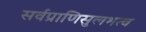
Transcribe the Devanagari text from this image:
सर्वप्राणिसुलभत्व